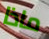
ماذا